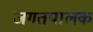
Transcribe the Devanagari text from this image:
जगतपालक